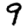
Digit: 9